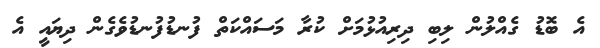
އެ ބޮޑު ގެއްލުން ލިބި ދިރިއުޅުމަށް ކުރާ މަސައްކަތް ފުނޑުފުނޑުވެގެން ދިޔައީ އެ